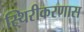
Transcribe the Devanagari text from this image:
स्थिरीकरणास